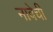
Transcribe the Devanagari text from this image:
नावेची